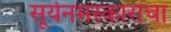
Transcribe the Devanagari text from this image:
सूर्यनमस्कारांचा